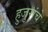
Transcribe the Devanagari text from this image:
हुजुरांचे